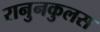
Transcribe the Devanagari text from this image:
रानुनकुलस